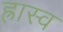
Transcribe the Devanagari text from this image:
ह्रास्व